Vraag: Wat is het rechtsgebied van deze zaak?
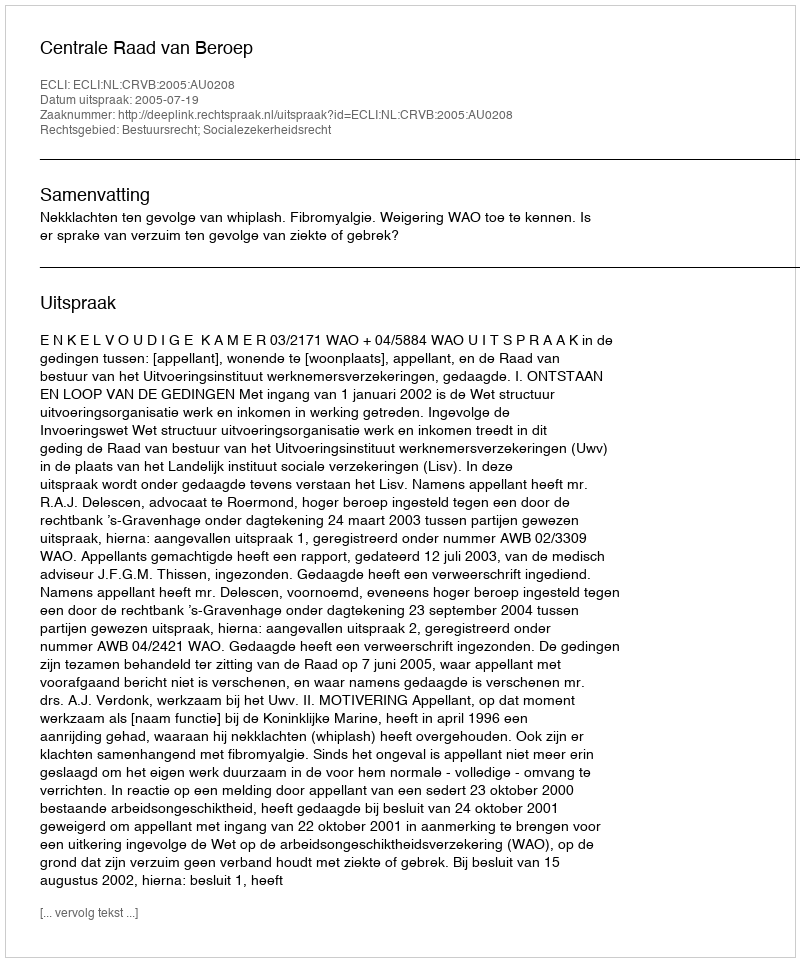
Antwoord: Bestuursrecht; Socialezekerheidsrecht